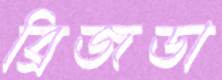
ব্রিজডা